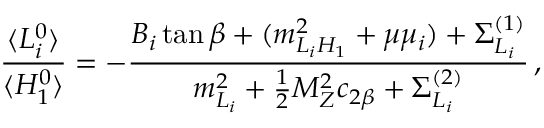
{ \frac { \langle L _ { i } ^ { 0 } \rangle } { \langle H _ { 1 } ^ { 0 } \rangle } } = - { \frac { B _ { i } \tan \beta + ( m _ { L _ { i } H _ { 1 } } ^ { 2 } + \mu \mu _ { i } ) + \Sigma _ { L _ { i } } ^ { ( 1 ) } } { m _ { L _ { i } } ^ { 2 } + { \frac { 1 } { 2 } } M _ { Z } ^ { 2 } c _ { 2 \beta } + \Sigma _ { L _ { i } } ^ { ( 2 ) } } } \, ,